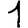
Digit: 1